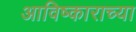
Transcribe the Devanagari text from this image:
आविष्काराच्या